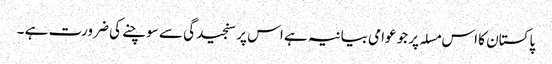
پاکستان کا اس مسلہ پر جو عوامی بیانیہ ہے اس پر سنجیدگی سے سوچنے کی ضرورت ہے ۔